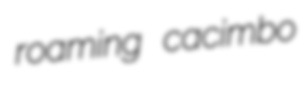
roaming cacimbo